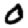
Digit: 0